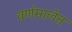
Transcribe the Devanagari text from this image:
वर्णमालेत